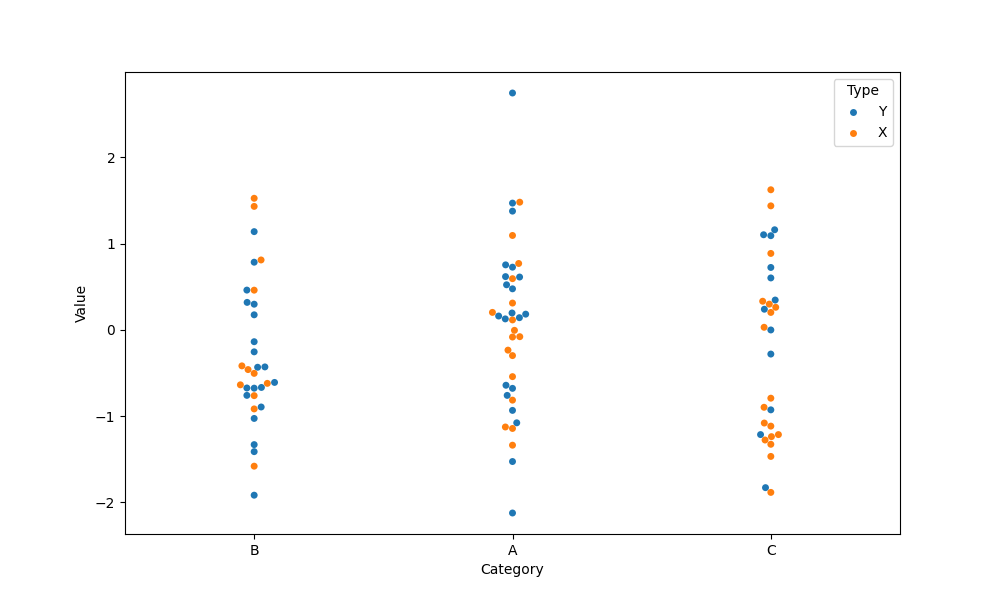
python, seaborn, swarmplot, dodge=False, alpha=1.0, size=5